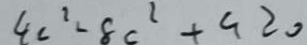
4 c ^ { 2 } - 8 c ^ { 2 } + a \geq 0